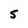
Character: 5